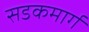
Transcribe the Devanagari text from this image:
सडकमार्ग